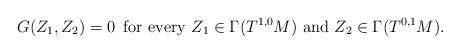
LaTeX: \begin{align*}G(Z_1,Z_2)=0\,\,\,{\rm for\,\,every}\,\,Z_1\in\Gamma(T^{1,0}M)\,\,{\rm and}\,\,Z_2\in\Gamma(T^{0,1}M).\end{align*}